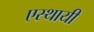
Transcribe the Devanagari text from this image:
एस्थायी